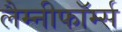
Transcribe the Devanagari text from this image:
लैम्नीफॉर्म्स